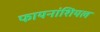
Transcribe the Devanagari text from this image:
फायनांशियल